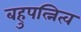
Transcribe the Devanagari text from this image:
बहुपत्नित्व